system: You are a helpful assistant.
user:
Analyze the provided spectrum to determine if it is a **"Cataclysmic Variables (CV)"**.

- **Key Indicators for CV (Check for either state):**
    - **State 1: Quiescent / Low-State (Emission-Dominated)**
        - **(Primary):** Strong and *very broad* Hydrogen Balmer emission lines (e.g., $H\alpha$ at 6563 Å, $H\beta$ at 4861 Å). The 'broadness' (high velocity dispersion, often FWHM > 1000 km/s) is the key diagnostic, indicating a high-velocity accretion disk.
        - **(Secondary):** Broad neutral Helium (He I) emission lines (e.g., 5876 Å, 6678 Å).
        - **(Key Confirmation):** Presence of high-excitation *ionized* Helium (He II) emission at 4686 Å. This is a strong indicator of accretion onto a white dwarf.
        - **(Line Profile):** Emission lines may exhibit a 'double-peaked' profile, which is a classic signature of a rotating accretion disk viewed at high inclination.

    - **State 2: Outburst / High-State (Absorption-Dominated)**
        - **(Primary):** Spectrum is dominated by a bright, blue continuum (looks like a hot star).
        - **(Secondary):** The emission lines from State 1 are weak, absent, or 'filled in', and are replaced by broad, shallow *absorption* lines (primarily Balmer and He I).
        - **(Morphology):** The overall spectrum mimics a hot B/A-type star. The crucial difference is that the absorption lines are significantly broader, shallower, and more 'washed-out' (or 'smeared') than the sharp lines of a normal stellar photosphere, due to high rotational speeds and pressure broadening in the disk.

Think first, call **spectral_visualization_tool** if needed to examine features in detail, then provide your final answer. Your response must adhere to the following strict rules:
1.  **Overall Structure:** Your response must follow the format `<think>...</think> <tool_call>...</tool_call> (if a tool is used) <answer>...</answer>`.
2.  **Tool Usage Constraint:** You may only make **one** tool call per turn.
3.  **Final Answer Format:** In the `<answer>` tag, your conclusion must be inside a `\boxed{}` command (e.g., `\boxed{YES}`), followed by your justification.

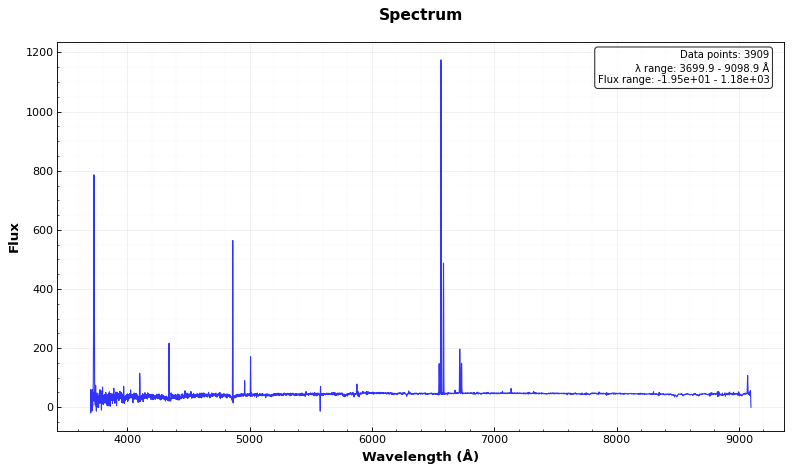
Answer: NO